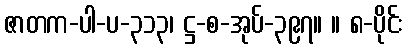
ဇာတက-ပါ-ပ-၃၁၃၊ ဋ္ဌ-စ-အုပ်-၃၉၇။ ။ ၈-ပိုင်း